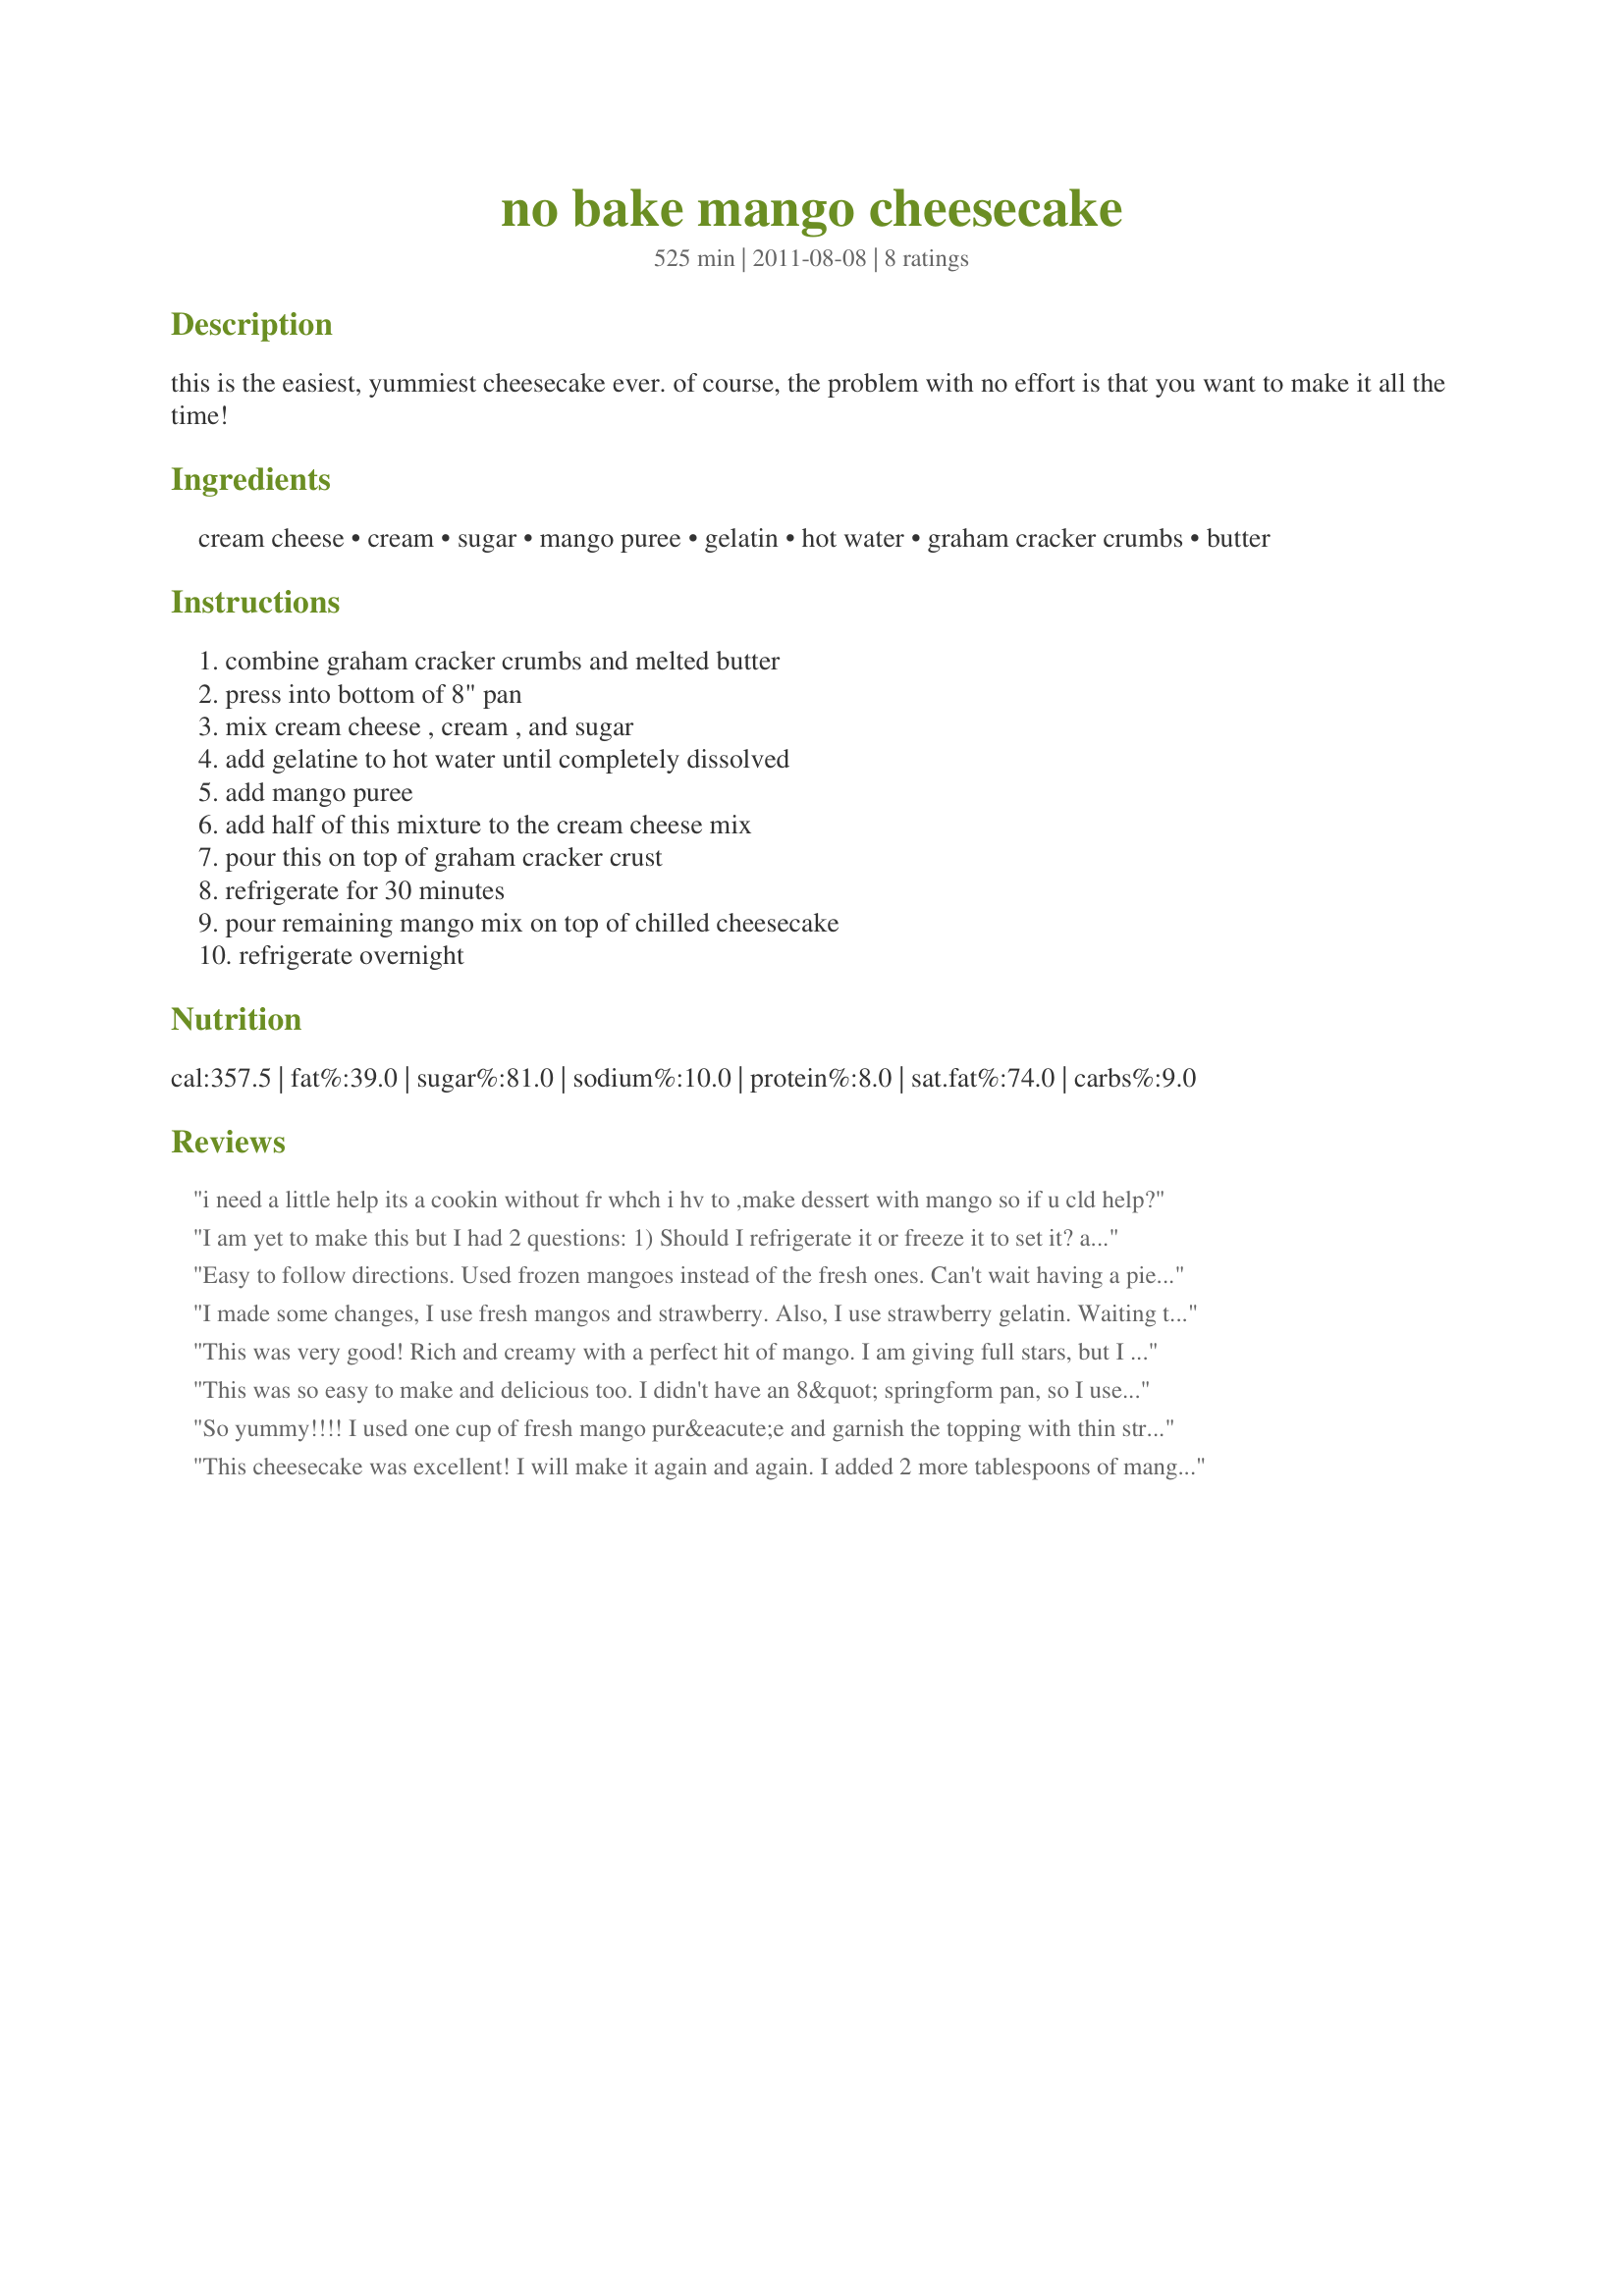
no bake mango cheesecake
Preparation time: 525 minutes

this is the easiest, yummiest cheesecake ever. of course, the problem with no effort is that you want to make it all the time!

Ingredients:
cream cheese, cream, sugar, mango puree, gelatin, hot water, graham cracker crumbs, butter

Steps:
combine graham cracker crumbs and melted butter, press into bottom of 8" pan, mix cream cheese , cream , and sugar, add gelatine to hot water until completely dissolved, add mango puree, add half of this mixture to the cream cheese mix, pour this on top of graham cracker crust, refrigerate for 30 minutes, pour remaining mango mix on top of chilled cheesecake, refrigerate overnight

Reviews:
i need a little help its a cookin without fr whch i hv to ,make dessert with mango so if u cld help?
I am yet to make this but I had 2 questions: 1) Should I refrigerate it or freeze it to set it? and 2) Can I whisk/whip it by hand as I do not have an electric blender, even though it will be more effort and time, but I do not want the taste to suffer! Thanks :)
Easy to follow directions. Used frozen mangoes instead of the fresh ones. Can't wait having a piece soon once it's sets
I made some changes, I use fresh mangos and strawberry. Also, I use strawberry gelatin. Waiting to taste tomorrow for Sunday brunch.
This was very good! Rich and creamy with a perfect hit of mango. I am giving full stars, but I flubbed at the end, I forgot to pour the remaining mango sauce on top. So the next day, I just thinned it out a bit and poured over the individual slices, it still looked nice and tasted great! I promise to make it the correct way the next time ;)
This was so easy to make and delicious too. I didn't have an 8&quot; springform pan, so I used a 9&quot; one. I think I could have doubled the cheese mixture and had it still fit nicely in the 9&quot; pan. The larger pan made everything too thin, but it didn't affect the taste. I cut the sugar in half, since I don't like overly sweet desserts, but should have kept it closer to 1/2 cup. It was still good. I topped it with a little strawberry sauce, and it was a company worthy dessert. Here's a hint, mix the cream cheese blend in a food processor. That way the cream cheese gets super smooth. Here's another hint, if the mango gelatin mixture sets up while the cream cheese part is refrigerating (mine did) just microwave it for a couple seconds to make it liquefy.
So yummy!!!! I used one cup of fresh mango pur&eacute;e and garnish the topping with thin strips of fresh mango to have more of mango taste. Everyone in the family loved it. Thank you for the recipe.
This cheesecake was excellent! I will make it again and again. I added 2 more tablespoons of mango pur
